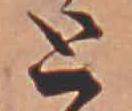
と